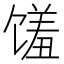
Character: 馐